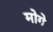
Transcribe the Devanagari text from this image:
मोगे